Civil Veterinary Department. Madras. Admin. report 1926-33 - 1926-1933
Year: 1926
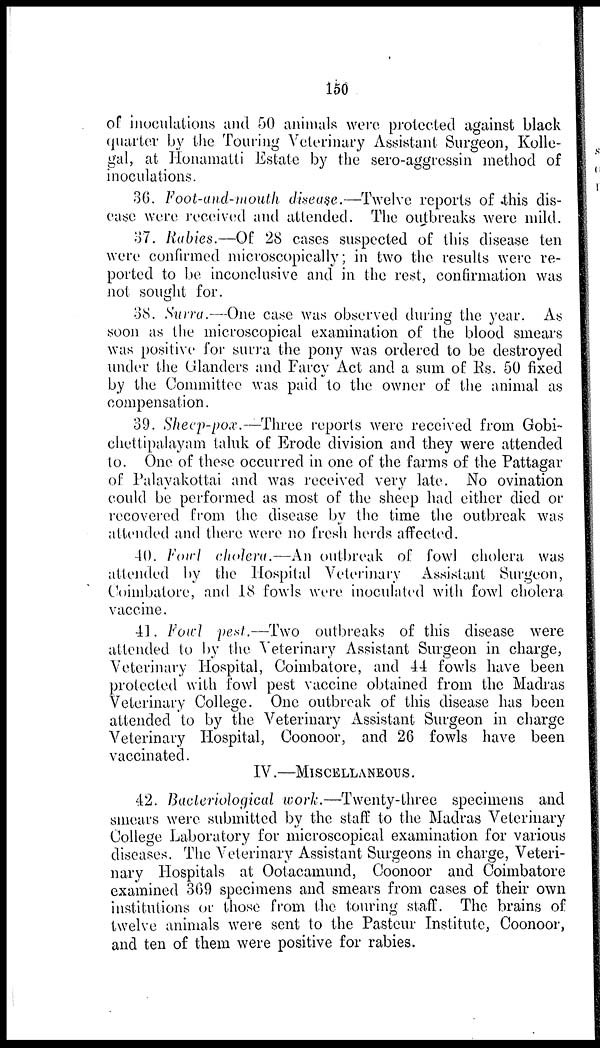
150
of inoculations and 50 animals were protected against black
quarter by the Touring Veterinary Assistant Surgeon, Kolle-
gal, at Honamatti Estate by the sero-aggressin method of
inoculations.
36. Foot-and-mouth disease.—Twelve reports of this dis-
-ase were received and attended. The outbreaks were mild.
37. Rabies,—Of 28 cases suspected of this disease ten
were confirmed microscopically; in two the results were re-
ported to be inconclusive and in the rest, confirmation was
not sought for.
38. Surra.—One case was observed during the year. As
soon as the microscopical examination of the blood smears
was positive for surra the pony was ordered to be destroyed
under the Glanders and Farcy Act and a sum of lis. 50 fixed
by the Committee was paid to the owner of the animal as
compensation.
39. Sheep-pox.—Three reports were received from Gobi-
chettipalayam taluk of Erode division and they were attended
to. One of these occurred in one of the farms of the Pattagar
of Palayakottai and was received very late. No ovination
could be performed as most of the sheep had either died or
recovered from the disease by the time the outbreak was
attended and there were no fresh herds affected.
40. Fowl cholera.—An outbreak of fowl cholera was
attended by the Hospital Veterinary Assistant Surgeon,
Coimbatore, and 18 fowls were inoculated with fowl cholera
vaccine.
41. Fowl pest.—Two outbreaks of this disease were
attended to by the Veterinary Assistant Surgeon in charge,
Veterinary Hospital, Coimbatore, and 44 fowls have been
protected with fowl pest vaccine obtained from the Madras
Veterinary College. One outbreak of this disease has been
attended to by the Veterinary Assistant Surgeon in charge
Veterinary Hospital, Coonoor, and 26 fowls have been
vaccinated.
IV.—MISCELLANEOUS .
42. Bacteriological work.—Twenty-three specimens and
smears were submitted by the staff to the Madras Veterinary
College Laboratory for microscopical examination for various
diseases. The Veterinary Assistant Surgeons in charge, Veteri-
nary Hospitals at Ootacamund, Coonoor and Coimbatore
examined 369 specimens and smears from cases of their own
institutions or those from the touring staff. The brains of
twelve animals were sent to the Pasteur Institute, Coonoor,
and ten of them were positive for rabies.